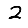
Digit: 2